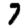
Digit: 7